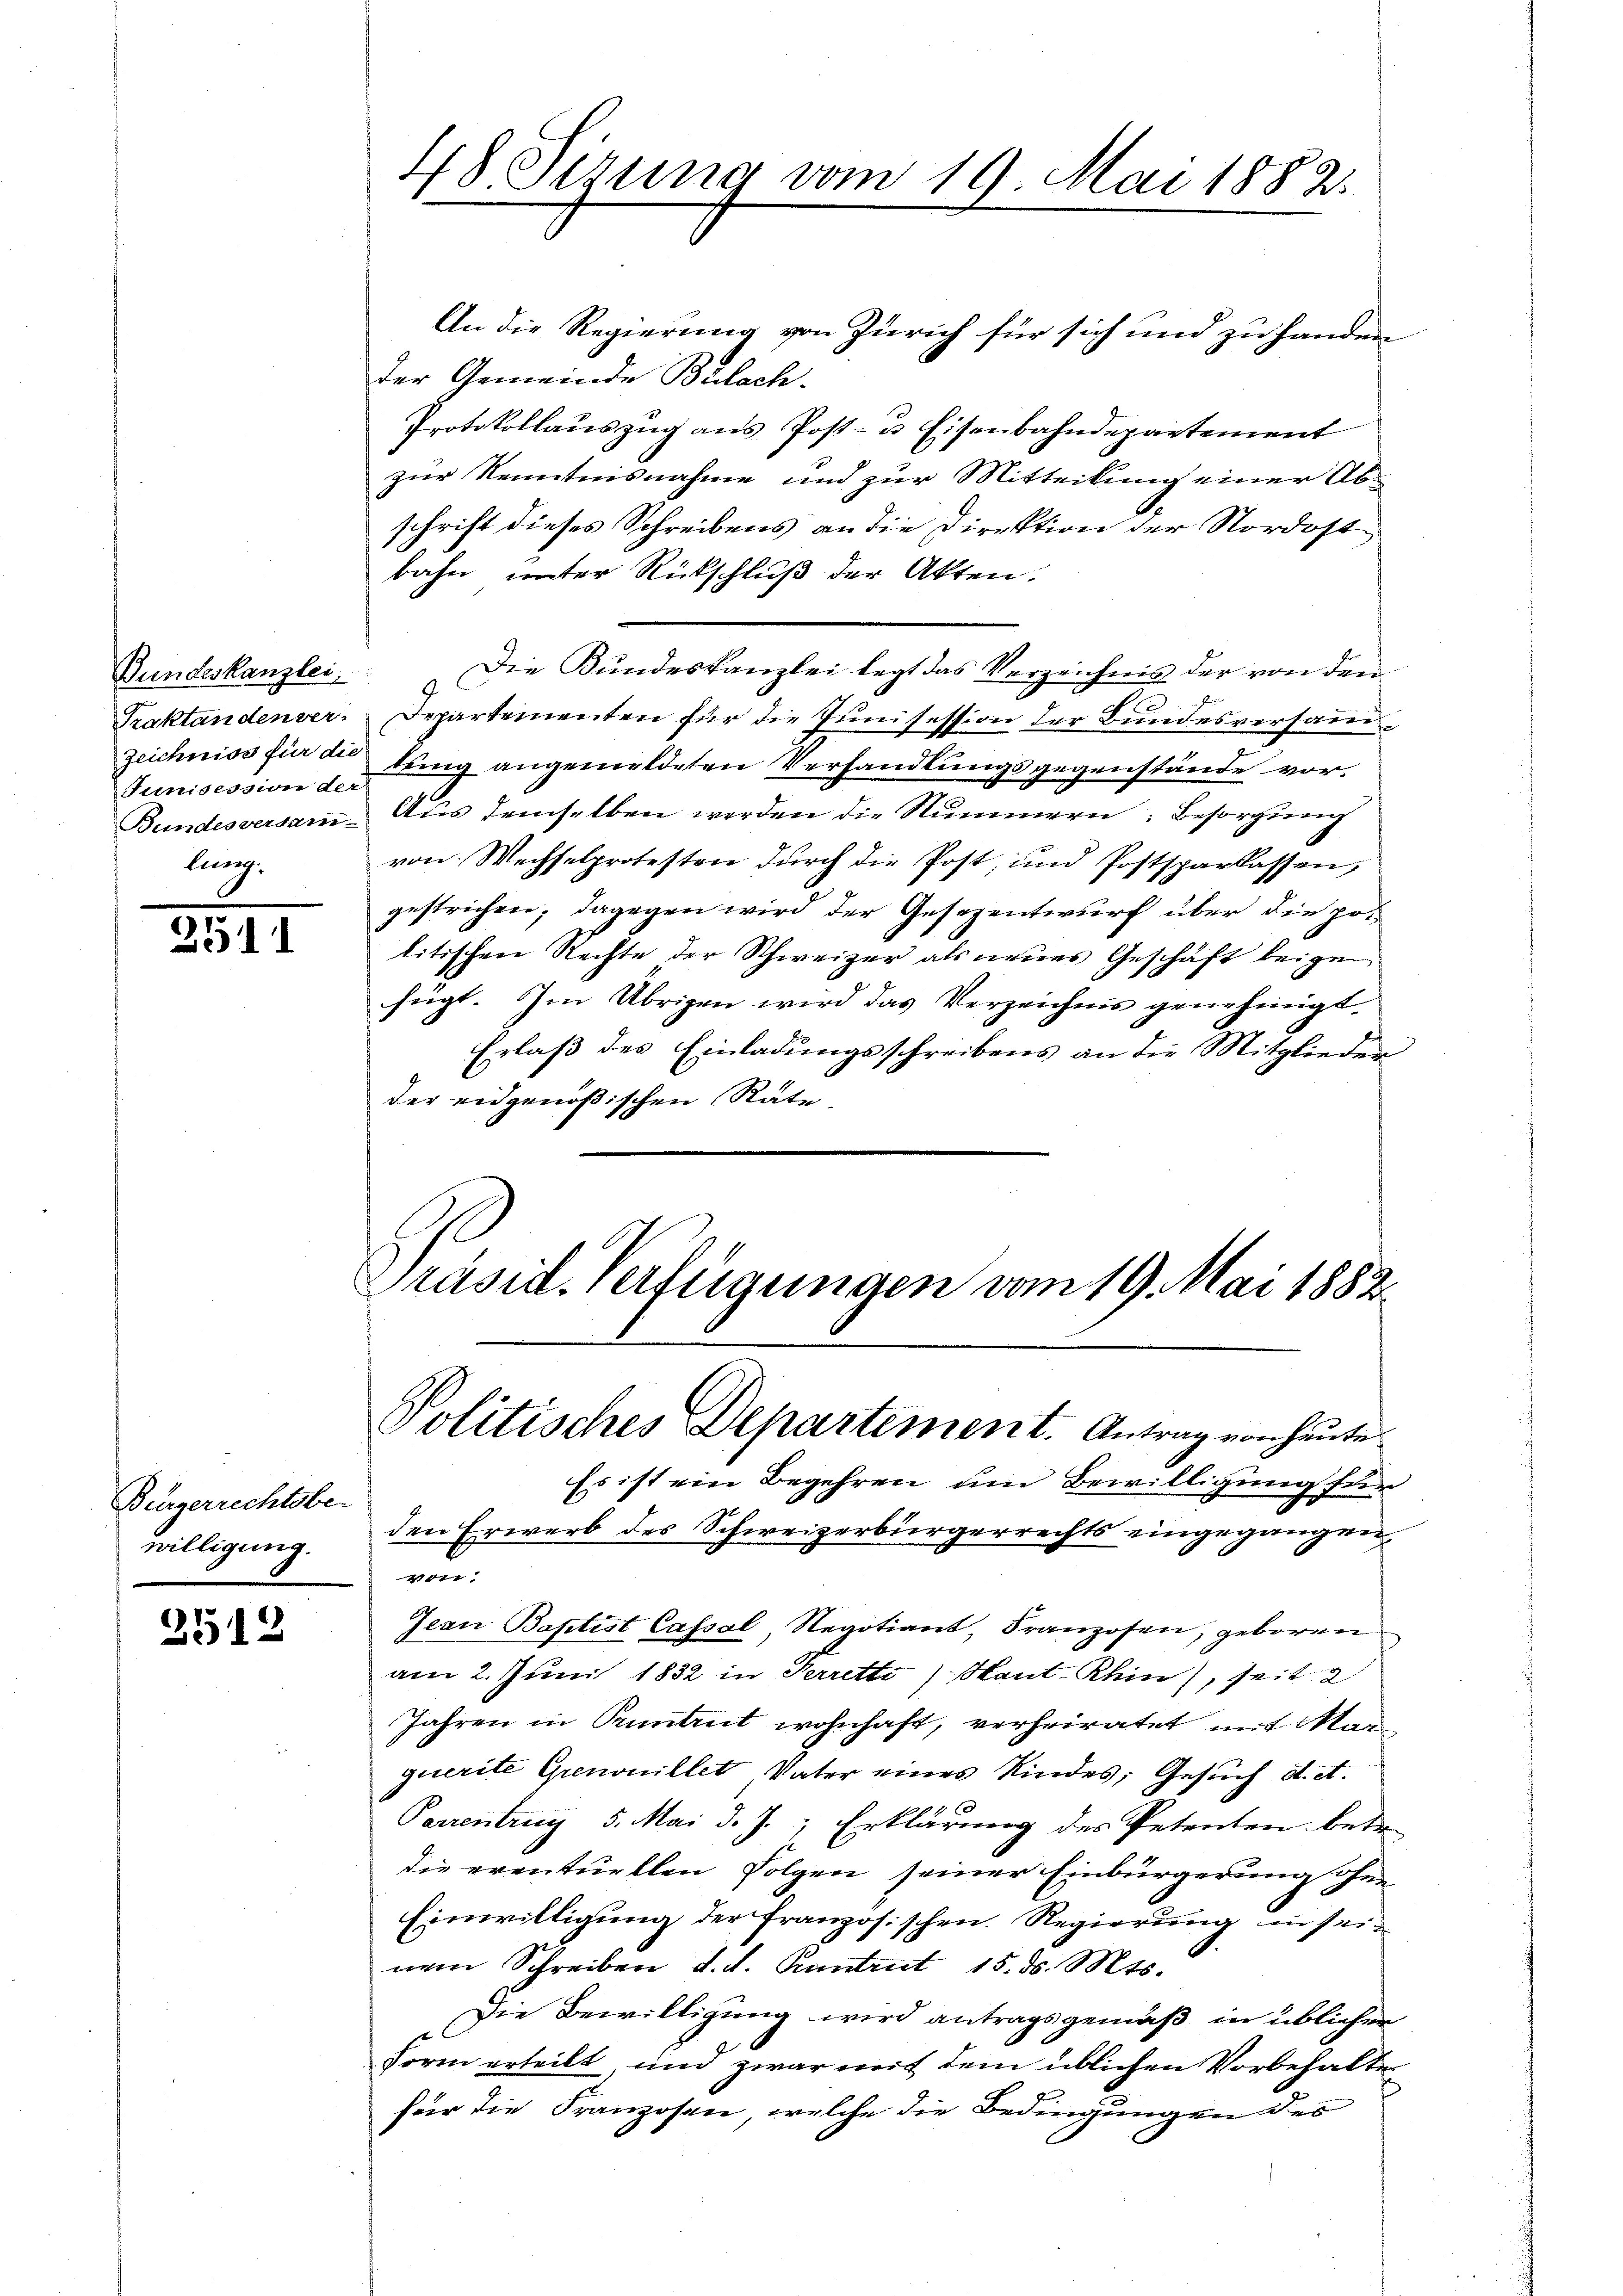
Bundeskanzlei
Traktanden ver
Sumnisession der
lung.

2

Bürgerrechtsbe-
willigung.

2512

48 Sirung vom 19. Mai 1882.

An die Regierung von Zürich für sich und zu handen
der Gemeinde Bülach.
Protokollauszug aus Post- u Eisenbahndepartement
zur Kenntnisnahme und zur Mitteilung einer Abschrift dieses Schreibens an die Direktion der Nordost
bahn unter Rückschluß der Akten.
Die Bundeskanzlei legt das Verzeichnis der von den
9.
Departementen für die Junisession der Bundesversammzeichniss finde tung angemeldeten Verhandlungsgegenstände vor¬
Bundesversam Aus demselben werden die Nummern: Besorgung
von Wechselprotesten durch die Post, und Postsparkassen,
gestrichen; dagegen wird der Gesezentwurf über die politischen Rechte der Schweizer als neues Geschäft beige
fügt. Im Übrigen wird das Verzeichnis genehmigt.
Erlaß des Einladungsschreibens an die Mitglieder
der eidgenößischen Rate
Präsid. Verfügungen vom 19. Mai 1882

Politisches Departement. Antrag von heute.

Es ist ein Begehren um Bewilligung für
den Erwerb des Schweizerbürgerrechts eingegangen.
Ver
Jean Baptist Cassal, Regotiant, Franzosen, geboren
am 2. Juni 1832 in Perretti) Mant-Rhin, seit 2
Jahren in Puntrut wohnhaft, verheiratet mit Mar
querite Grenonillet, Vater eines Kindes; Gesuch d. et.
Parrentrag 5. Mai d. J., Erklärung des Petenten betr.
die eventuellen Folgen seiner Einbürgerung ohne
Einwilligung der französischen. Regierung in sei-
nem Schreiben d. d. Kantrut 15. d. Mts.
Die Bewilligung wird antragsgemäß in üblichen
Form erteilt, und zwar mit dem üblichen Vorbehalter
für die Franzosen, welche die Bedingungen des